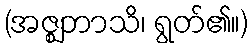
(အဇ္ဈဘာသိ၊ ရွတ်၏။)